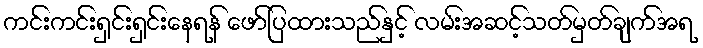
ကင်းကင်းရှင်းရှင်းနေရန် ဖော်ပြထားသည်နှင့် လမ်းအဆင့်သတ်မှတ်ချက်အရ